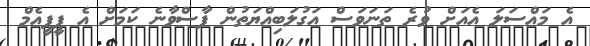
އެ މައްސަލަ އެއަށް ވުރެ ތަނަވަސް އަގުލަބިއްޔަތުން ފާސްވާނެ ކަމަށް އެ ޕީޕީއެމް